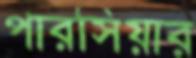
পারসিয়ার